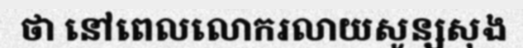
ថា នៅពេលលោករលាយសូន្សសុង